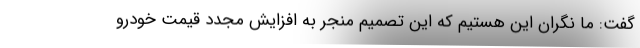
گفت: ما نگران این هستیم که این تصمیم منجر به افزایش مجدد قیمت خودرو